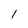
Character: 1